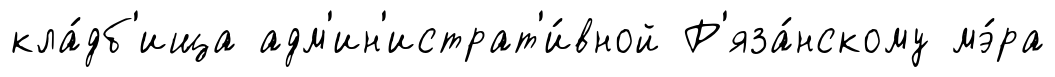
кла́дб'ища адм'ин'истрат'и́вной Р'яза́нскому мэ́ра